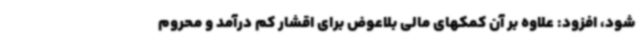
شود، افزود: علاوه بر آن کمکهای مالی بلاعوض برای اقشار کم درآمد و محروم